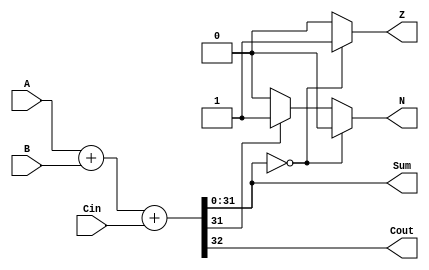
module FA_32bit (input [31:0] A, B, input Cin, output reg [31:0] Sum, output reg Cout, Z, N);
  reg [32:0] t;
  
  always @ (A or B or Cin)
    begin
      t = A + B + Cin;
      Cout = t[32];
      Sum = t[31:0];
      if (Sum == 32'h00000000)
        begin
          Z = 1;
          N = 0;
        end
      else
        begin
          Z = 0;
          if (Sum[31] == 1'b0)
            N = 0;
          else
            N = 1;
        end
    end
endmodule